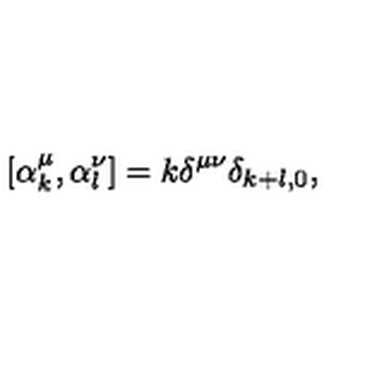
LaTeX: \left[ \alpha _ { k } ^ { \mu } , \alpha _ { l } ^ { \nu } \right] = k \delta ^ { \mu \nu } \delta _ { k + l , 0 } ,